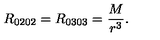
R _ { 0 2 0 2 } = R _ { 0 3 0 3 } = \frac M { r ^ { 3 } } .